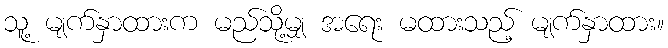
သူ့ မျက်နှာထားက မည်သို့မျှ အရေး မထားသည့် မျက်နှာထား။